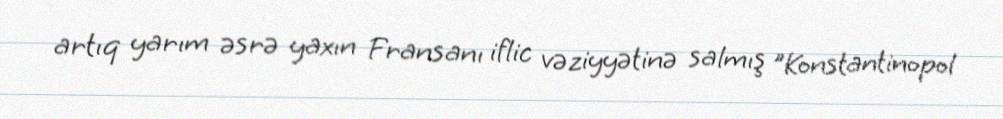
artıq yarım əsrə yaxın Fransanı iflic vəziyyətinə salmış "Konstantinopol